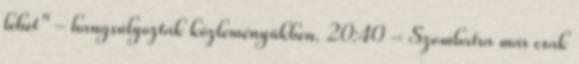
lehet" - hangsúlyozták közleményükben. 20:40 - Szombatra már csak